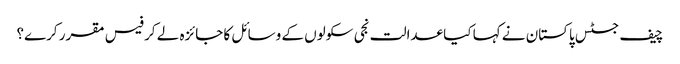
چیف جسٹس پاکستان نے کہا کیا عدالت نجی سکولوں کے وسائل کا جائزہ لے کر فیس مقرر کرے؟